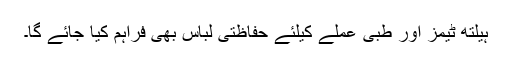
ہیلتھ ٹیمز اور طبی عملے کیلئے حفاظتی لباس بھی فراہم کیا جائے گا۔